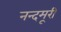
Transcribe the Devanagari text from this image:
नन्दमूरी